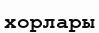
хорлары